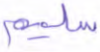
سليم